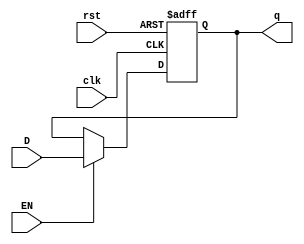
module ffd_defuzzy (q, D, clk, EN ,rst);
    output reg [7:0] q;
    input [7:0] D;
	 input clk, rst, EN;
   
   always @(posedge(clk), posedge(rst)) begin
      if 		(rst==1'b1) 	q <= 1'b0; 
		else if	(EN==1'b1) 		q <= D;
		//else							q <= 1'bz;
	end

endmodule